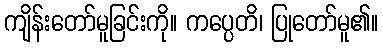
ကျိန်းတော်မူခြင်းကို။ ကပ္ပေတိ၊ ပြုတော်မူ၏။